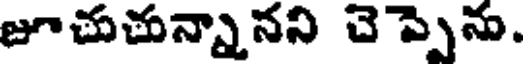
జూచుచున్నానని చెప్పెను.